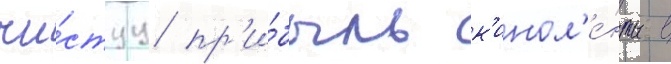
чи́стуу пр'и́быль к'инол'е́нты в